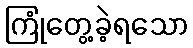
ကြုံတွေ့ခဲ့ရသော